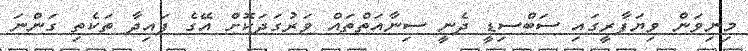
މިނިވަން ވިޔަފާރީގައި ސަބްސިޑީ ދެނީ ސިނާއަތްތައް ވަރުގަދަކޮށް އޭގެ ފައިދާ ތަކެތި ގަންނަ